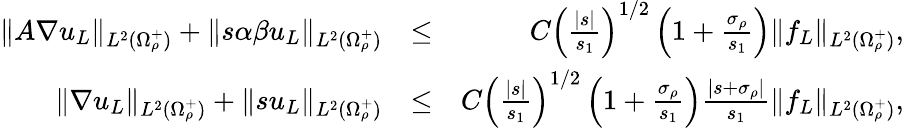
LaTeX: \begin{array}{rlr}{\| A\nabla u_{L}\| _{L^{2}(\Omega_{\rho}^{+})}+\| s\alpha\beta u_{L}\| _{L^{2}(\Omega_{\rho}^{+})}}&{\leq}&{C\left(\frac{|s|}{s_{1}}\right)^{1/2}\left(1+\frac{\sigma_{\rho}}{s_{1}}\right)\| f_{L}\| _{L^{2}(\Omega_{\rho}^{+})},}\\ {\| \nabla u_{L}\| _{L^{2}(\Omega_{\rho}^{+})}+\| su_{L}\| _{L^{2}(\Omega_{\rho}^{+})}}&{\leq}&{C\left(\frac{|s|}{s_{1}}\right)^{1/2}\left(1+\frac{\sigma_{\rho}}{s_{1}}\right)\frac{|s+\sigma_{\rho}|}{s_{1}}\| f_{L}\| _{L^{2}(\Omega_{\rho}^{+})},}\end{array}